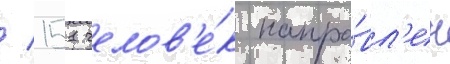
/ 151 челов'е́к напра́вл'ен